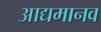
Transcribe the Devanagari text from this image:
आद्यमानव